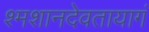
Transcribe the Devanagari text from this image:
श्मशानदेवतायागं